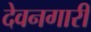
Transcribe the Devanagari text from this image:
देवनगारी